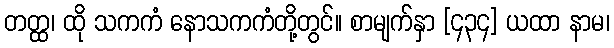
တတ္ထ၊ ထို သကကံ နောသကကံတို့တွင်။ စာမျက်နှာ [၄၃၄] ယထာ နာမ၊